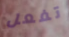
تفعل